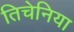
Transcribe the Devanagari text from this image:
तिचेनिया